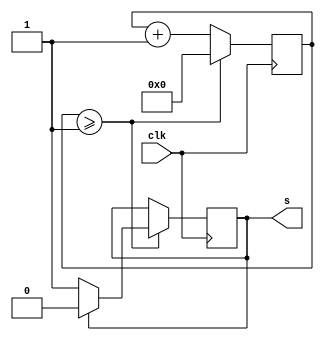
//modulo que divide a frequencia de 50MHz do kit FPGA
module divisorF (clk,s);

input clk; //clock do kit FPGA
output reg s; //clock reduzido na saida

reg [31:0] out; //contador de ciclos de clock

initial 
begin
s = 0; //inicia sinal de saida em nivel baixo
out = 32'd0; //inicia o contador com contagem 0
end
	
always @(posedge clk)
begin
	if (out >= 32'd1) //se contagem excedeu o limte
		begin
			out = 32'd0; //reinicia contagem
			if(s) //inverte sinal do clock
			begin
				s = 0; 
			end
			else
			begin
				s = 1;
			end
		end
	else //senao acrescenta 1 na contagem
		begin
			out = out+1;
		end
end

endmodule